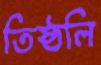
তিষ্ঠলি